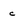
Character: c